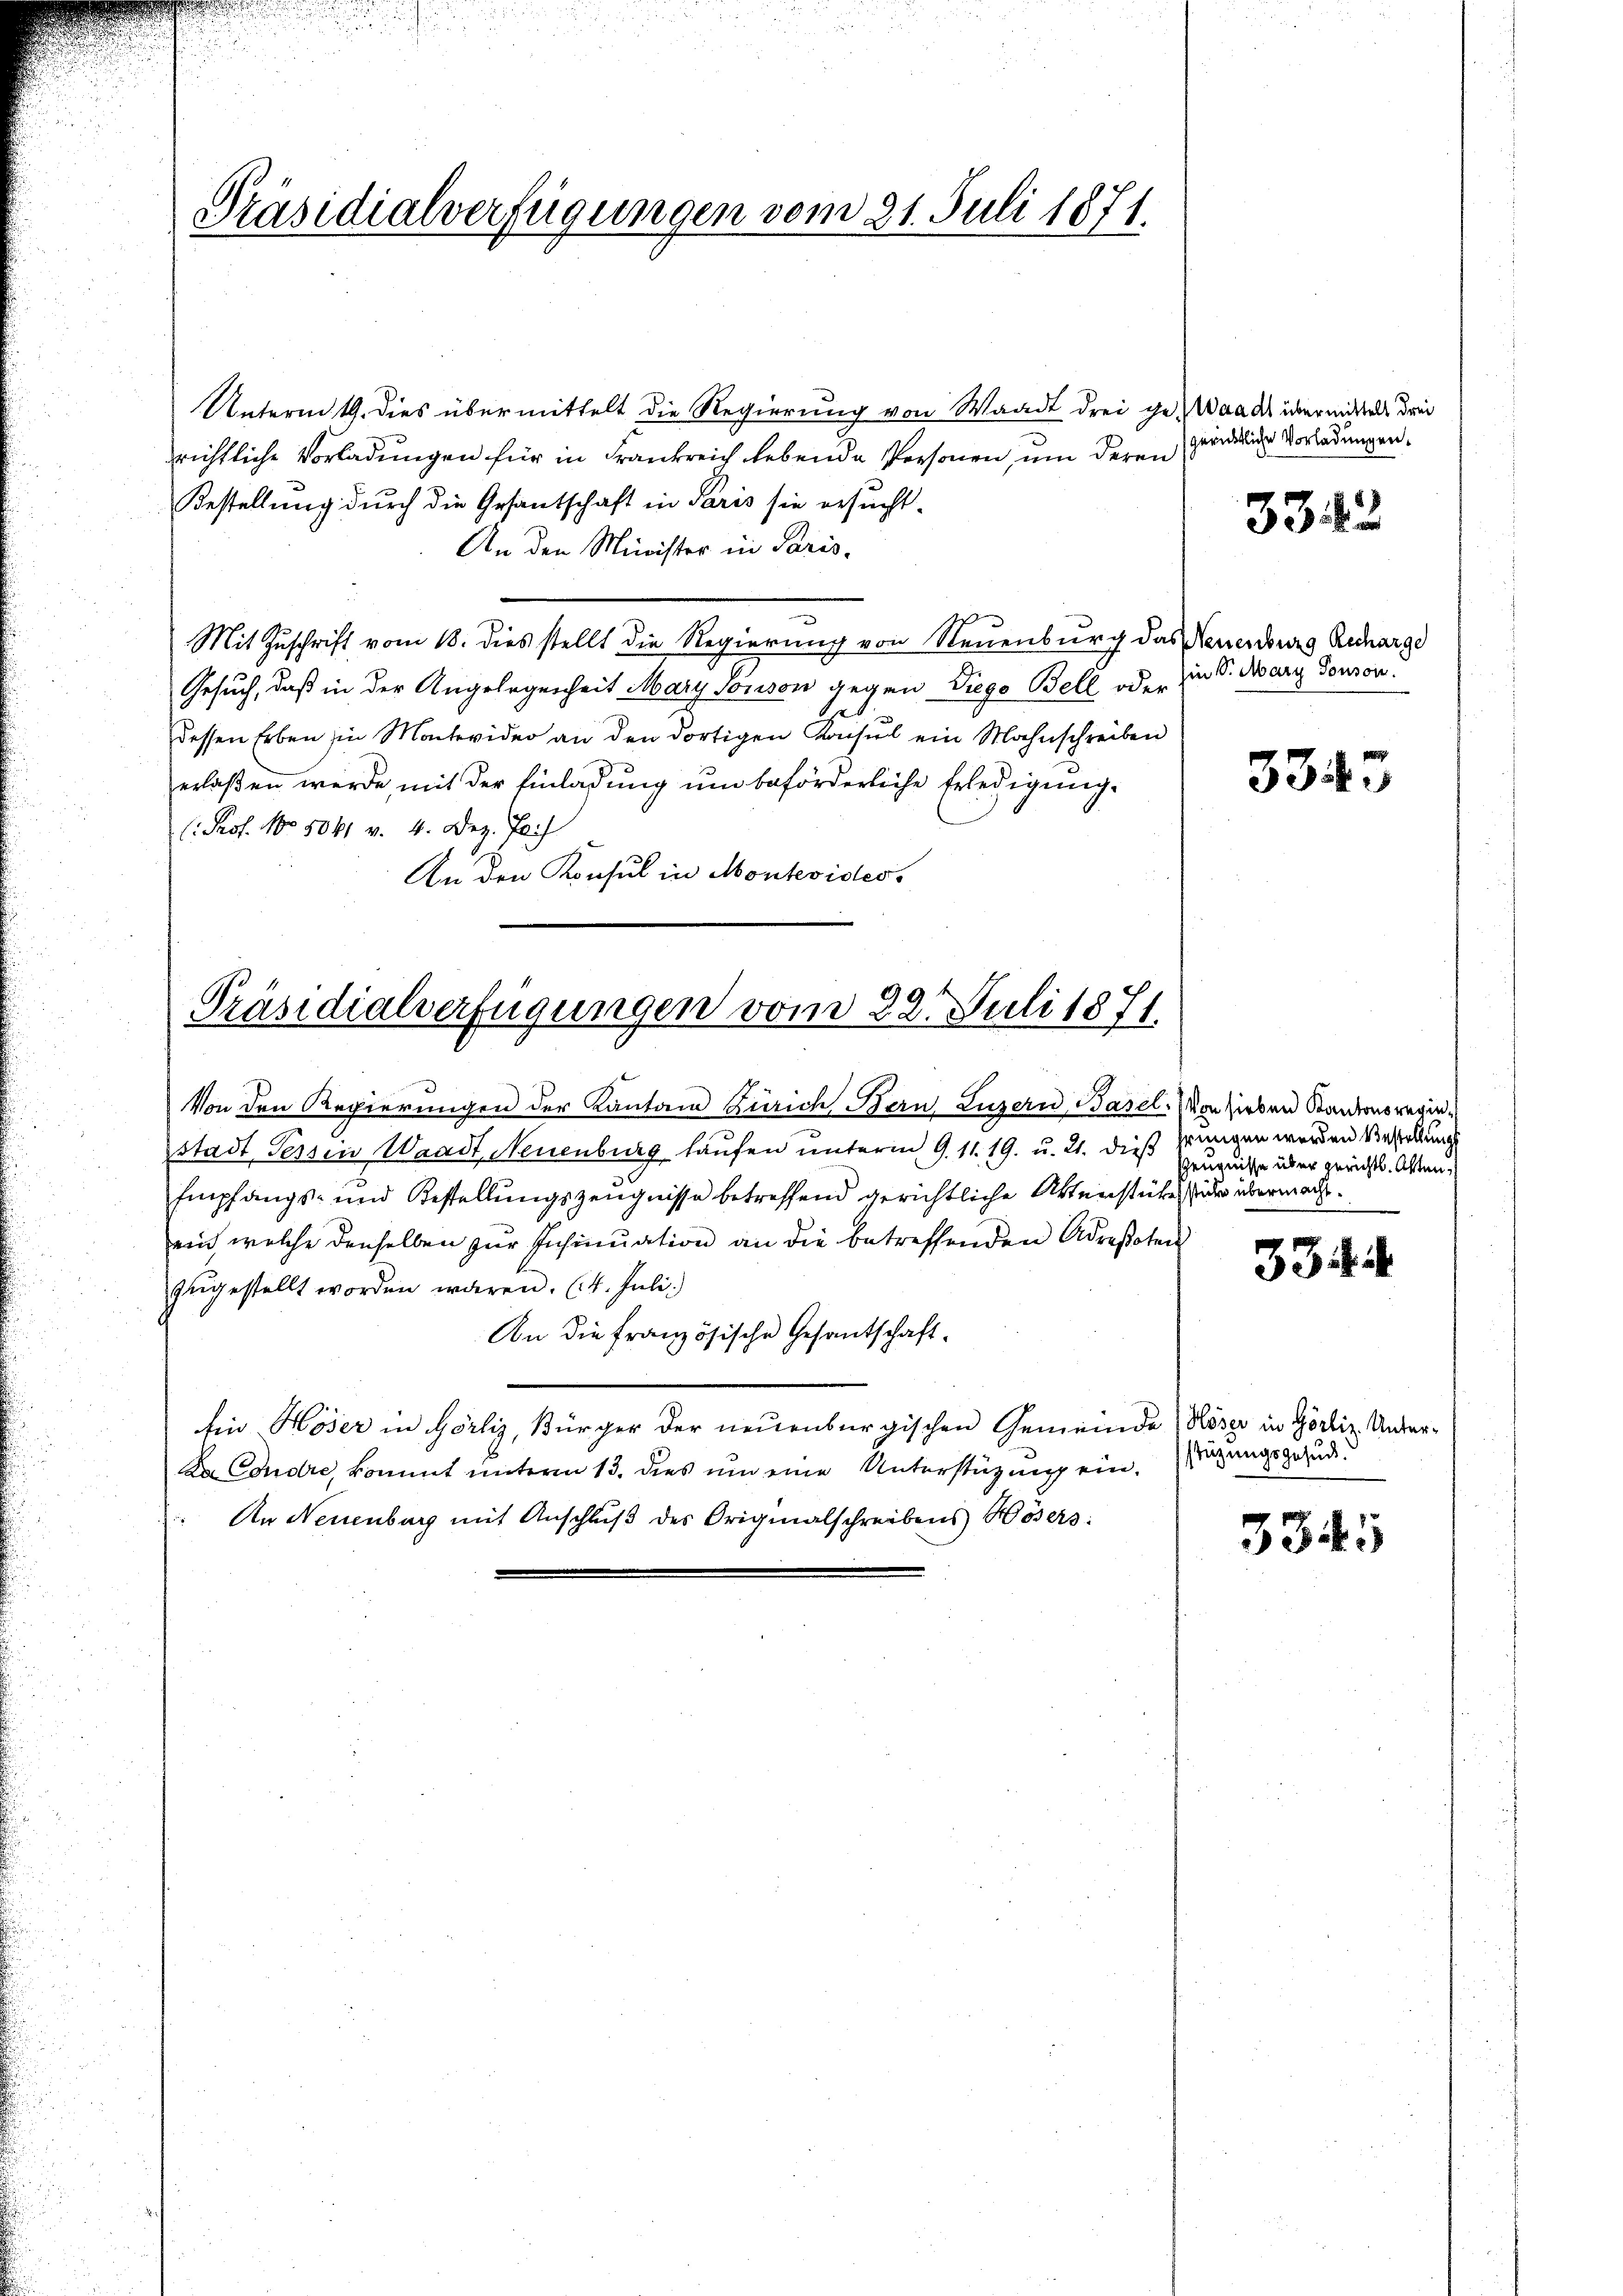
Präsidialverfügungen vom 21. Juli 1871.

Unterm 19. dies übermittelt die Regierung von Waadt drei ge- Waadt übermittels drin
richtliche Vorladungen für in Frankreich lebende Personen, um deren
Bestellung durch die Gesantschaft in Paris sie ersucht¬
An den Minister in Paris-
Mit Zuschrift vom 18. dies stellt die Regierung von Neuenburg das Neuenburg Recharge
Gesuch, daß in der Angelegenheit Mary sonson gegen Siege Bell oder
dessen Erben in Macheider an den dortigen Konsul ein Mahnschreiben
erlaßen werde, mit der Einladung und beförderliche Erledigung¬
. Prof. No. 5041 v. 4. Dez. Ja
An den Konsul in Montevides

Präsidialverfügungen vom 22. Juli 1871

Von den Regierungen der Kanton Zürich Bern Luzern, Basel. Von hieben Stantonsregie
stadt Sessen Waadt, Neuenburg laufen unterm 9. 11. 19. u. 21. dieß zwingen werden Verstellung
Empfangs- und Bestellungszeugnisse betreffend gerichtliche Aktenstückes sur übermacht.
ein welche denselben zur Insinuation an die betreffenden Adrestoten
zugestellt worden wären. (4. Juli.)
An die französische Gesantschaft¬
Ein Höser in Görliz, Bürger der neuenburgischen Gemeinde Röser in Görliz. Unter¬
Da Condre, kommt unterm 13. dies um eine Unterstützung ein¬
An Neuenburg mit Anschluß des Originalschreibens Hösers:

zurichtliche Vorladungen.

3342

hin S. Mary Sonson.

3343

Zeugnisse über gerichts. Alten,

33

stüzungsgesuc

334